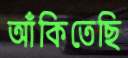
আঁকিতেছি